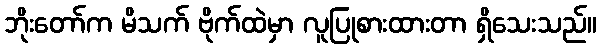
ဘိုးတော်က မိသက် ဗိုက်ထဲမှာ လူပြုစားထားတာ ရှိသေးသည်။